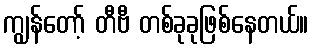
ကျွန်တော့် တီဗီ တစ်ခုခုဖြစ်နေတယ်။